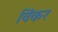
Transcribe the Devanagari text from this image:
विंकर